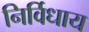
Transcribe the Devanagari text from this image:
निर्विधाय